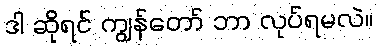
ဒါ ဆိုရင် ကျွန်တော် ဘာ လုပ်ရမလဲ။